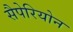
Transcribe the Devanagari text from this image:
सैपेरियोन